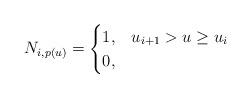
LaTeX: \begin{align*}N_{i,p(u)}= \begin{cases}1,& u_{i+1} > u\geq u_{i}\\0, & \end{cases}\end{align*}